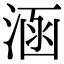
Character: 涵